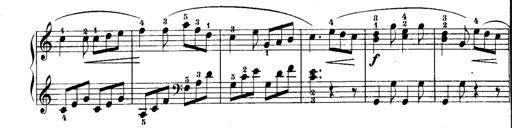
Title: Rondos and Sonatinas for Pianoforte
Composer: Daniel Steibelt